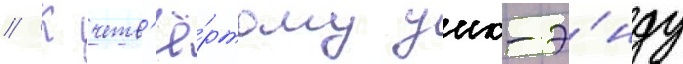
// К четв'ё́ртому уик-э́нду